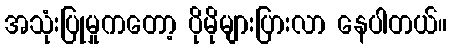
အသုံးပြုမှုကတော့ ပိုမိုများပြားလာ နေပါတယ်။